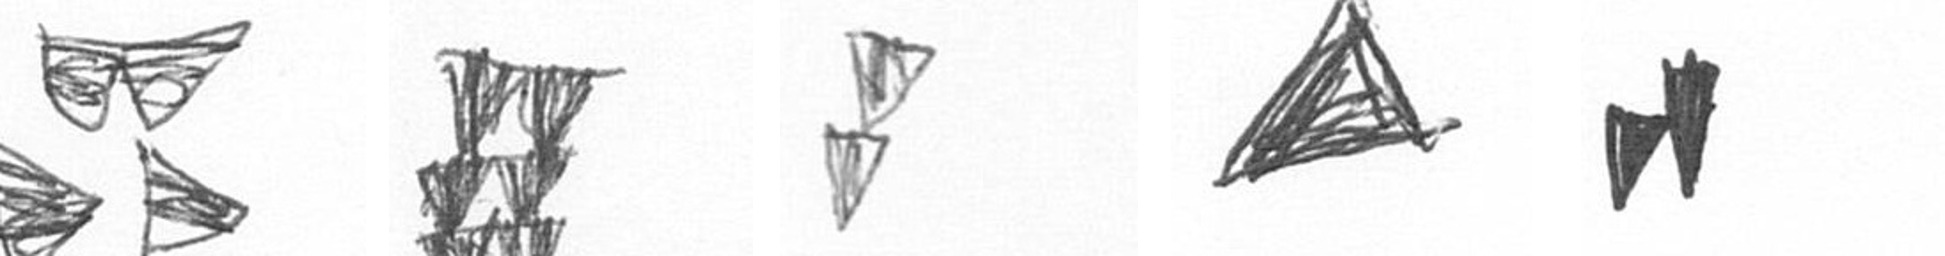
B Y Z O M